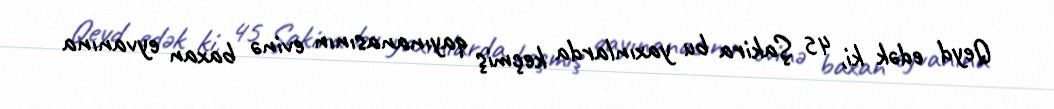
Qeyd edək ki, 45 Şakira bu yaxınlarda keçmiş qayınanasının evinə baxan eyvanına